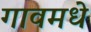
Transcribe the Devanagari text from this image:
गावमधे